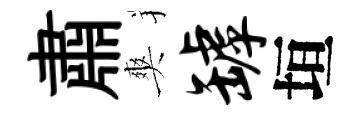
肅爽罅垣